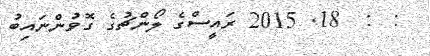
:  :  18